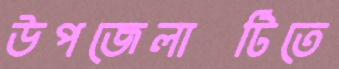
উপজেলাটিতে